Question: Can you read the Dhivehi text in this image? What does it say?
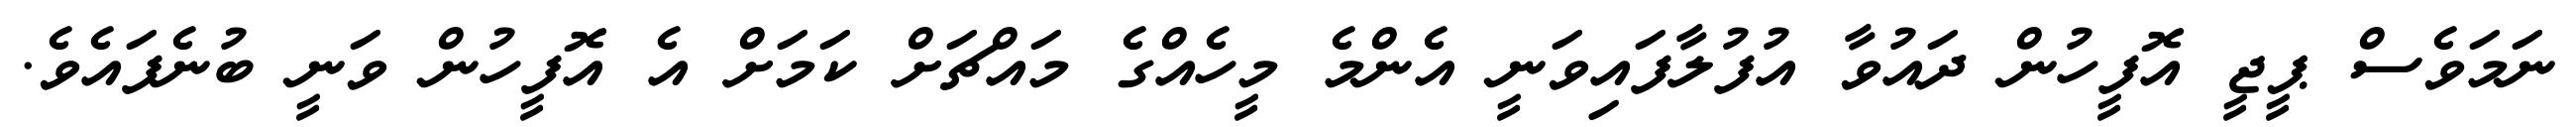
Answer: ނަމަވެސް ޕީޖީ އޮފީހުން ދައުވާ އުފުލާފައިވަނީ އެންމެ މީހެއްގެ މައްޗަށް ކަމަށް އެ އޮފީހުން ވަނީ ބުނެފައެވެ.